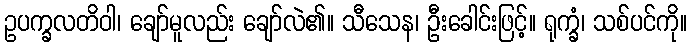
ဥပက္ခလတိဝါ၊ ချော်မူလည်း ချော်လဲ၏။ သီသေန၊ ဦးခေါင်းဖြင့်။ ရုက္ခံ၊ သစ်ပင်ကို။